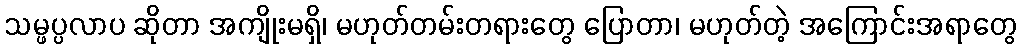
သမ္ဖပ္ပလာပ ဆိုတာ အကျိုးမရှိ၊ မဟုတ်တမ်းတရားတွေ ပြောတာ၊ မဟုတ်တဲ့ အကြောင်းအရာတွေ